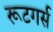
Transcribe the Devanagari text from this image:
रूटगर्स